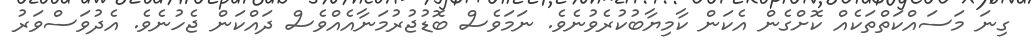
ގިނަ މަސައްކަތްތަކެއް ކޮށްގެން އެކަން ކާމިޔާބުކުރެވުނެވެ. ނަމަވެސް ބޮޑުޖުރުމަނާއެއްވެސް ދައްކަން ޖެހުނެވެ. އެދުވަސްވަރު